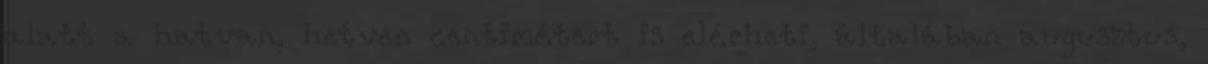
alatt a hatvan, hetven centimétert is elérheti, általában augusztus,